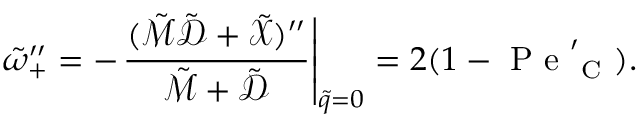
\tilde { \omega } _ { + } ^ { \prime \prime } = - \mathopen { } \mathclose \bgroup \mathopen { } \mathclose \bgroup \mathopen { } \mathclose \bgroup \mathopen { } \mathclose \bgroup \mathopen { } \mathclose \bgroup \mathopen { } \mathclose \bgroup \mathopen { } \mathclose \bgroup \mathopen { } \mathclose \bgroup \mathopen { } \mathclose \bgroup \mathopen { } \mathclose \bgroup \left. \frac { ( \tilde { \mathcal { M } } \tilde { \mathcal { D } } + \tilde { \mathcal { X } } ) ^ { \prime \prime } } { \tilde { \mathcal { M } } + \tilde { \mathcal { D } } } \aftergroup \egroup \aftergroup \egroup \aftergroup \egroup \aftergroup \egroup \aftergroup \egroup \aftergroup \egroup \aftergroup \egroup \aftergroup \egroup \aftergroup \egroup \aftergroup \egroup \right| _ { \tilde { q } = 0 } = 2 ( 1 - \mathrm { ~ P ~ e ~ } _ { \mathrm { ~ C ~ } } ^ { \prime } ) .